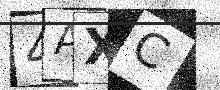
Text: 4AXC